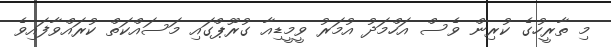
މި ތާރީހުގެ ކުރިން ވެސް އަހްމަދު އުމަރު ވީމީޑިއާ ގުރޫޕްގައި މަސައްކަތް ކުރައްވާފައިވެ